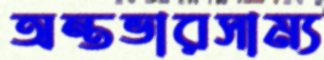
অন্তভারসাম্য